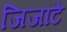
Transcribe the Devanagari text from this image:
जिजांटे